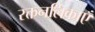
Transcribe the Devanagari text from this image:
रक्तनलिकाएँ